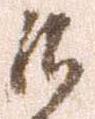
候